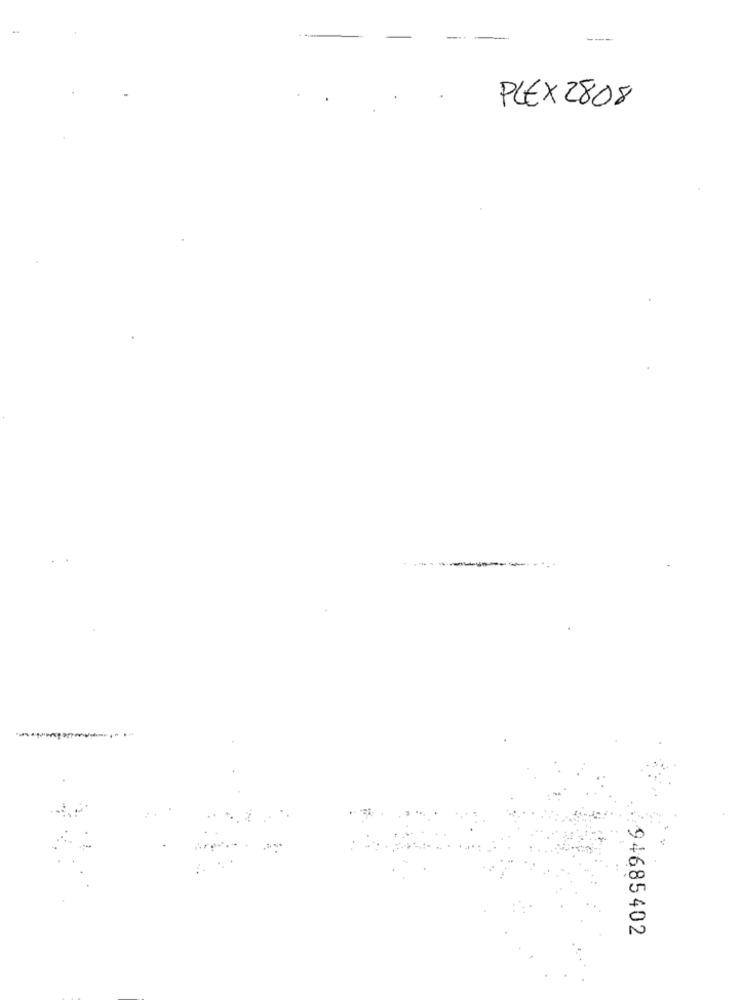
---
PLEX2808
-----
94685402